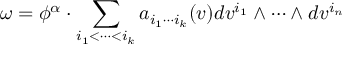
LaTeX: \omega = \phi ^ { \alpha } \cdot \sum _ { i _ { 1 } < \cdots < i _ { k } } a _ { i _ { 1 } \cdots i _ { k } } ( v ) d v ^ { i _ { 1 } } \wedge \cdots \wedge d v ^ { i _ { n } }